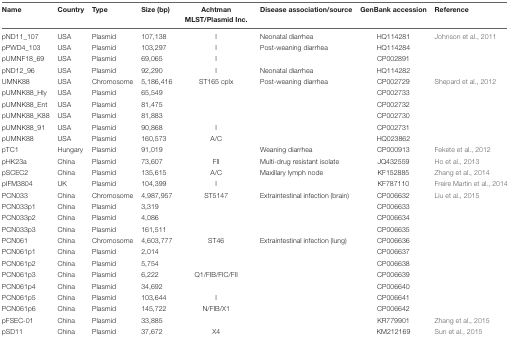
<table><thead><tr><td><b>Name</b></td><td><b>Country</b></td><td><b>Type</b></td><td><b>Size (bp)</b></td><td><b>Achtman MLST/Plasmid Inc.</b></td><td><b>Disease association/source</b></td><td><b>GenBank accession</b></td><td><b>Reference</b></td></tr></thead><tbody><tr><td>pND11_107</td><td>USA</td><td>Plasmid</td><td>107,138</td><td>I</td><td>Neonatal diarrhea</td><td>HQ114281</td><td>Johnson et al., 2011</td></tr><tr><td>pPWD4_103</td><td>USA</td><td>Plasmid</td><td>103,297</td><td>I</td><td>Post-weaning diarrhea</td><td>HQ114284</td><td></td></tr><tr><td>pUMNF18_69</td><td>USA</td><td>Plasmid</td><td>69,065</td><td>I</td><td></td><td>CP002891</td><td></td></tr><tr><td>pND12_96</td><td>USA</td><td>Plasmid</td><td>92,290</td><td>I</td><td>Neonatal diarrhea</td><td>HQ114282</td><td></td></tr><tr><td>UMNK88</td><td>USA</td><td>Chromosome</td><td>5,186,416</td><td>ST165 cplx</td><td>Post-weaning diarrhea</td><td>CP002729</td><td>Shepard et al., 2012</td></tr><tr><td>pUMNK88_Hly</td><td>USA</td><td>Plasmid</td><td>65,549</td><td></td><td></td><td>CP002733</td><td></td></tr><tr><td>pUMNK88_Ent</td><td>USA</td><td>Plasmid</td><td>81,475</td><td></td><td></td><td>CP002732</td><td></td></tr><tr><td>pUMNK88_K88</td><td>USA</td><td>Plasmid</td><td>81,883</td><td></td><td></td><td>CP002730</td><td></td></tr><tr><td>pUMNK88_91</td><td>USA</td><td>Plasmid</td><td>90,868</td><td>I</td><td></td><td>CP002731</td><td></td></tr><tr><td>pUMNK88</td><td>USA</td><td>Plasmid</td><td>160,573</td><td>A/C</td><td></td><td>HQ023862</td><td></td></tr><tr><td>pTC1</td><td>Hungary</td><td>Plasmid</td><td>91,019</td><td></td><td>Weaning diarrhea</td><td>CP000913</td><td>Fekete et al., 2012</td></tr><tr><td>pHK23a</td><td>China</td><td>Plasmid</td><td>73,607</td><td>FII</td><td>Multi-drug resistant isolate</td><td>JQ432559</td><td>Ho et al., 2013</td></tr><tr><td>pSCEC2</td><td>China</td><td>Plasmid</td><td>135,615</td><td>A/C</td><td>Maxillary lymph node</td><td>KF152885</td><td>Zhang et al., 2014</td></tr><tr><td>pIFM3804</td><td>UK</td><td>Plasmid</td><td>104,399</td><td>I</td><td></td><td>KF787110</td><td>Freire Martin et al., 2014</td></tr><tr><td>PCN033</td><td>China</td><td>Chromosome</td><td>4,987,957</td><td>ST5147</td><td>Extraintestinal infection (brain)</td><td>CP006632</td><td>Liu et al., 2015</td></tr><tr><td>PCN033p1</td><td>China</td><td>Plasmid</td><td>3,319</td><td></td><td></td><td>CP006633</td><td></td></tr><tr><td>PCN033p2</td><td>China</td><td>Plasmid</td><td>4,086</td><td></td><td></td><td>CP006634</td><td></td></tr><tr><td>PCN033p3</td><td>China</td><td>Plasmid</td><td>161,511</td><td></td><td></td><td>CP006635</td><td></td></tr><tr><td>PCN061</td><td>China</td><td>Chromosome</td><td>4,603,777</td><td>ST46</td><td>Extraintestinal infection (lung)</td><td>CP006636</td><td></td></tr><tr><td>PCN061p1</td><td>China</td><td>Plasmid</td><td>2,014</td><td></td><td></td><td>CP006637</td><td></td></tr><tr><td>PCN061p2</td><td>China</td><td>Plasmid</td><td>5,754</td><td></td><td></td><td>CP006638</td><td></td></tr><tr><td>PCN061p3</td><td>China</td><td>Plasmid</td><td>6,222</td><td>Q1/FIB/FIC/FII</td><td></td><td>CP006639</td><td></td></tr><tr><td>PCN061p4</td><td>China</td><td>Plasmid</td><td>34,692</td><td></td><td></td><td>CP006640</td><td></td></tr><tr><td>PCN061p5</td><td>China</td><td>Plasmid</td><td>103,644</td><td>I</td><td></td><td>CP006641</td><td></td></tr><tr><td>PCN061p6</td><td>China</td><td>Plasmid</td><td>145,722</td><td>N/FIB/X1</td><td></td><td>CP006642</td><td></td></tr><tr><td>pFSEC-01</td><td>China</td><td>Plasmid</td><td>33,885</td><td></td><td></td><td>KR779901</td><td>Zhang et al., 2015</td></tr><tr><td>pSD11</td><td>China</td><td>Plasmid</td><td>37,672</td><td>X4</td><td></td><td>KM212169</td><td>Sun et al., 2015</td></tr></tbody></table>